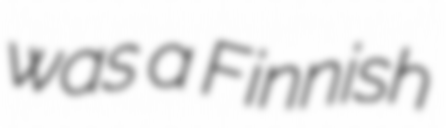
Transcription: was a Finnish